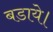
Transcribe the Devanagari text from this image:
बडाये।